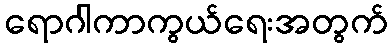
ရောဂါကာကွယ်ရေးအတွက်